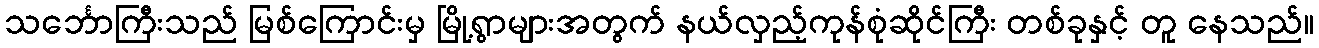
သင်္ဘောကြီးသည် မြစ်ကြောင်းမှ မြို့ရွာများအတွက် နယ်လှည့်ကုန်စုံဆိုင်ကြီး တစ်ခုနှင့် တူ နေသည်။